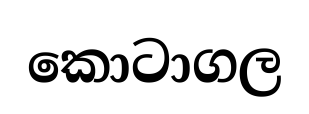
කොටාගල